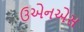
ઉએનએસ